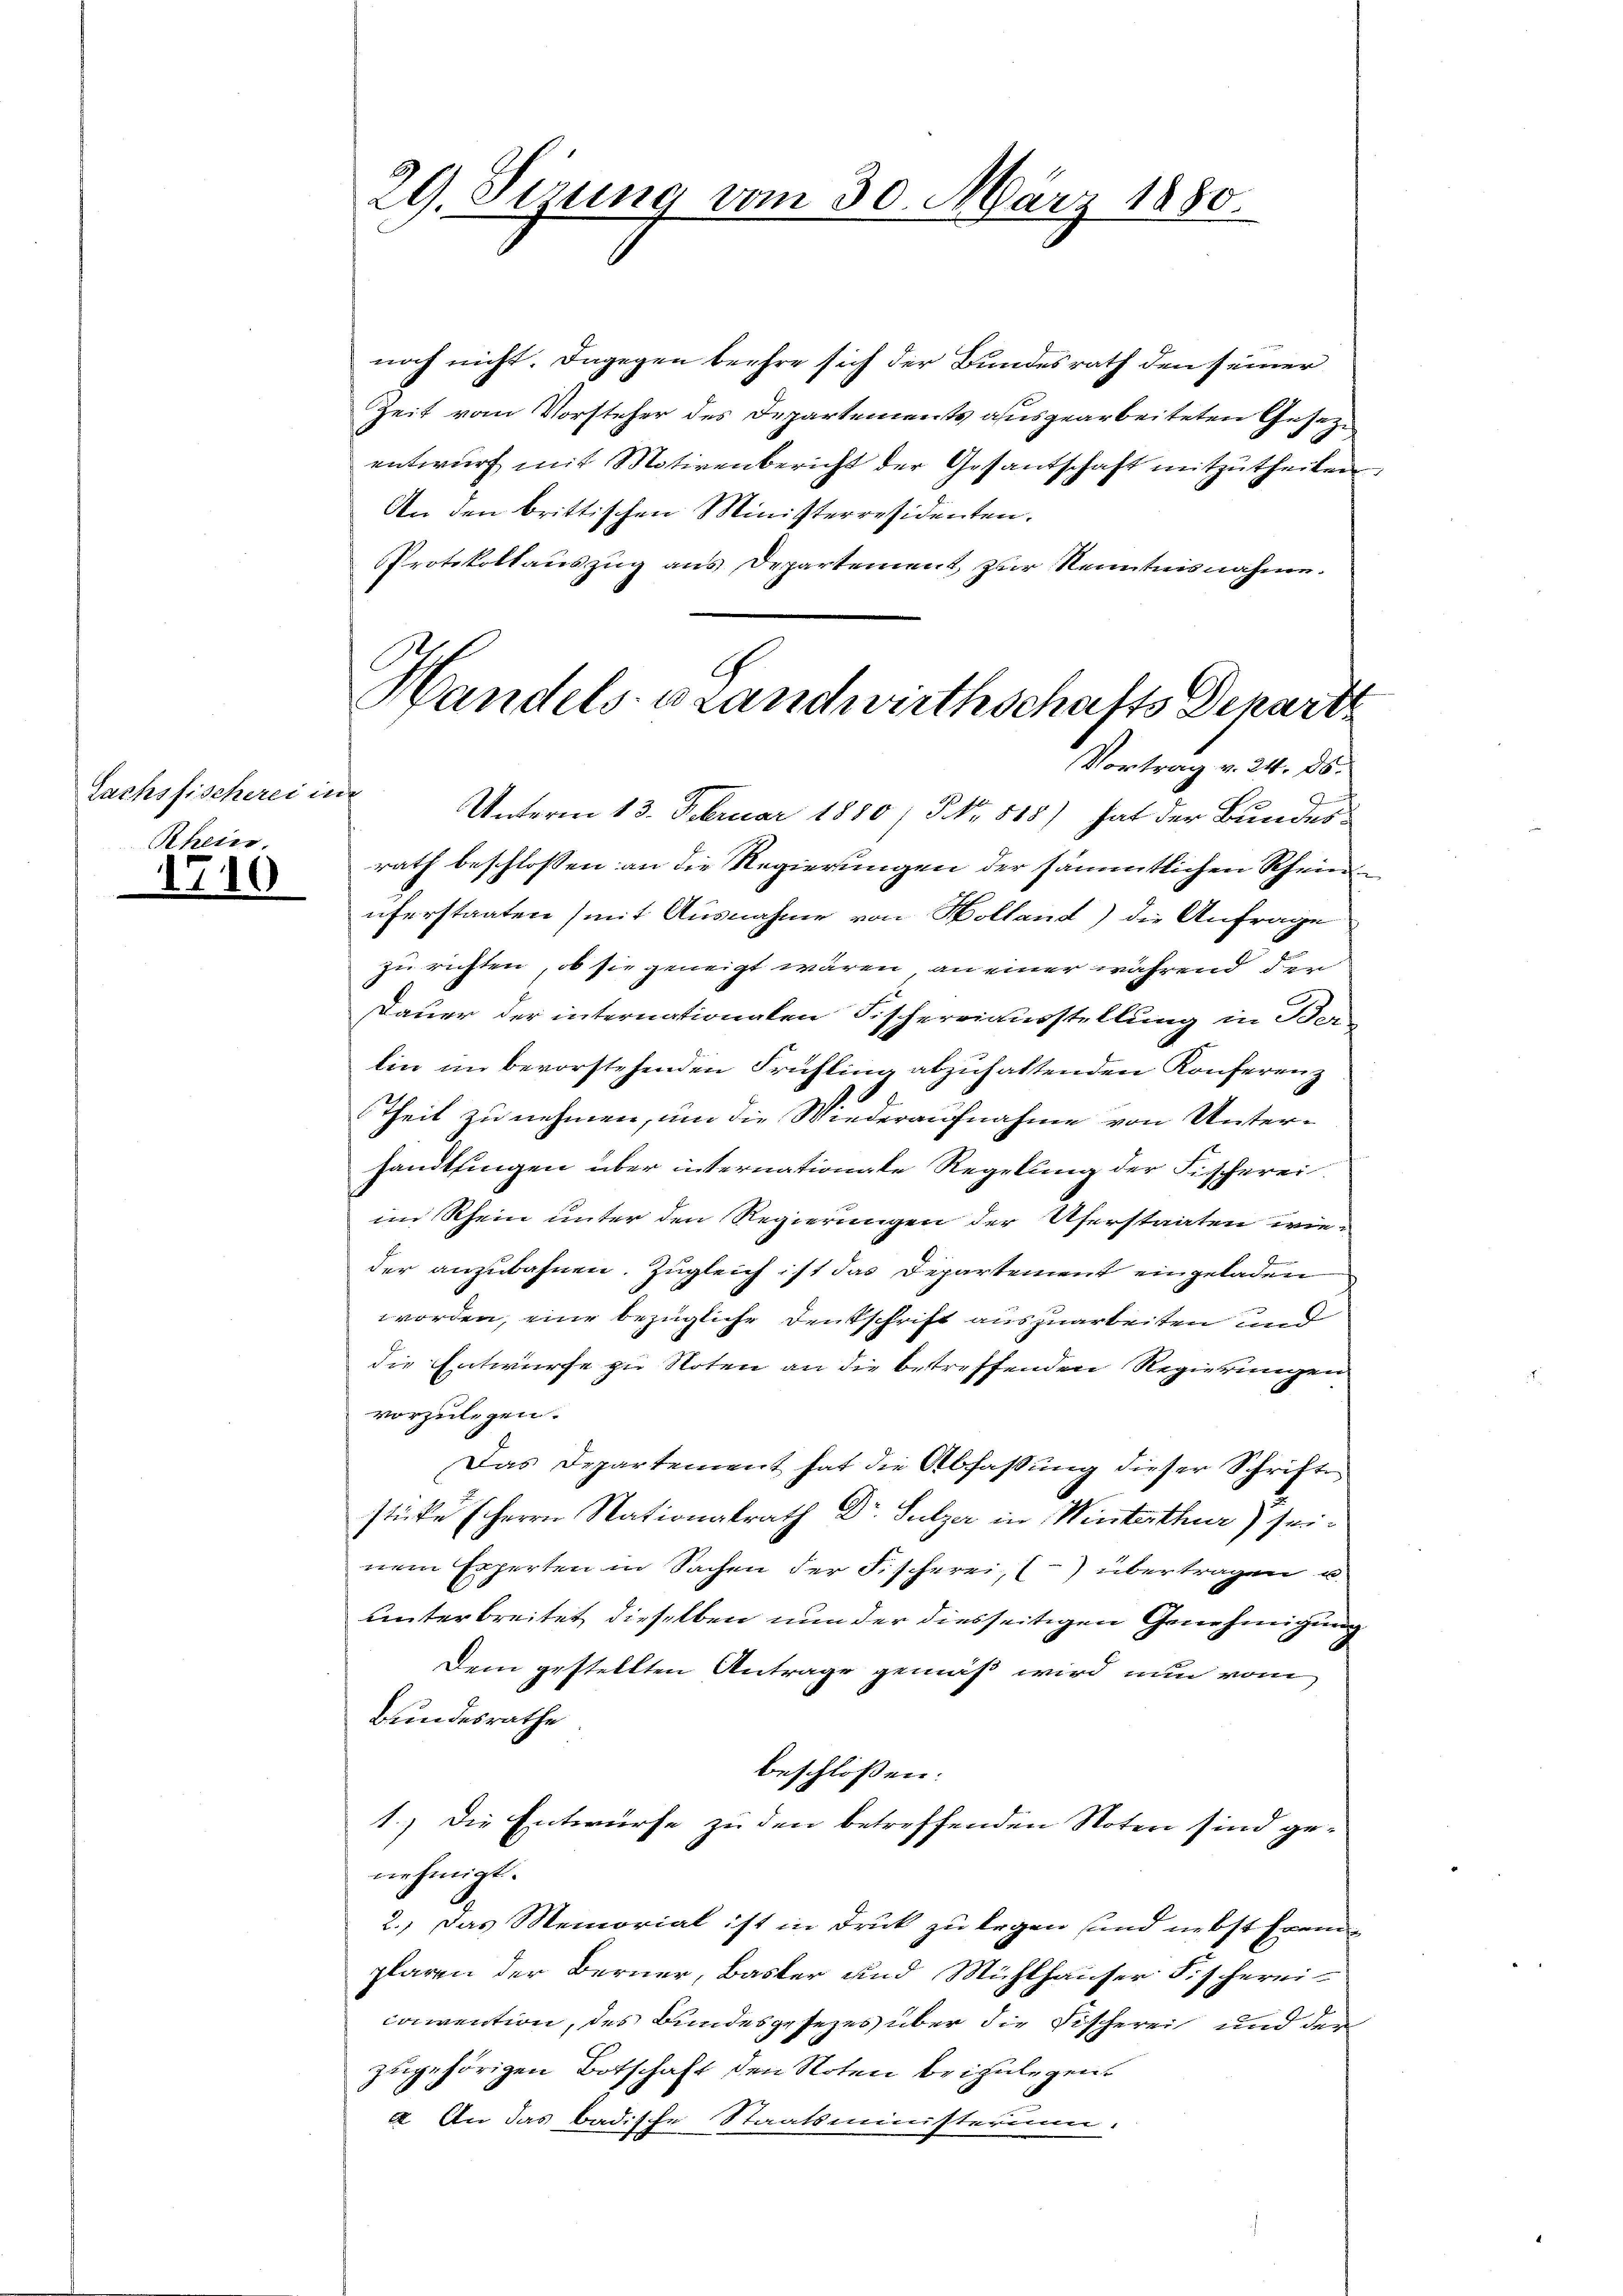
Sachsfischerei im
Rhein.

1710

noch nicht. Dagegen beehre sich der Bundesrath den seiner
Zeit vom Vorsteher des Departements ausgearbeiteten Gesetzentwurf mit Motivenbericht der Gesantschaft mitzutheilen
An den brittischen Ministerresidenten.
Protokollauszug aus Departement zur Kenntnisnahme.
Unterm 13. Februar 1880 / NNo. 818) hat der Bundesrath beschlossen an die Regierungen der sämmtlichen Rhein
uferstaaten (mit Ausnahme von Holland) die Anfrage
zu richten, ob sie geneigt wären, an einer während der
Dauer der internationalen Fischereiausstellung in Ber
lin im bevorstehenden Frühling abzuhaltenden Konferenz
Theil zu nehmen, um die Wiederaufnahme von Untersandtlingen über internationale Regelung der Fischerei.
im Rhein unter den Regierungen der Uferstaaten wieder anzubahnen. Zugleich ist das Departement eingeladen
worden, eine bezügliche Denkschrift auszuarbeiten und
die Entwürfe zu Noten an die betreffenden Regierungen
vorzulegen.
Das Departement hat die Abfassung dieser Schrifte
stücke (Herrn Nationalrath Dr Sulzer in Winterthur) seinem Experten in Sachen der Fischerei, () übertragen u.
unterbreitet dieselben nun der diesseitigen Genehmigung
Dem gestellten Antrage gemäß wird nun vom
Bundesrathe
beschlossen:
1.) Die Entwürfe zu den betreffenden Noten sind ge-
nehmigt.
2.) Das Memorial ist in Druck zu legen und nebst fremplaren der Berner, Basler und Mühlhauser Fischerei-
convention, des Bundesgesezes über die Fischerei und der
zugehörigen Botschaft den Noten beizulegen.
a. An das badische Staatsministerium.

29. Sizung vom 30. März 1880.

G
Handels- u Landwirthschafts Depart
Vortrag v. 24. ds.

.